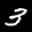
Label: 3